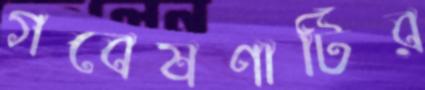
গবেষণাটির